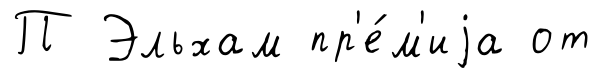
П Эльхам пр'е́м'иjа от